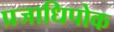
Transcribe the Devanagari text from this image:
प्रजाधिपोक